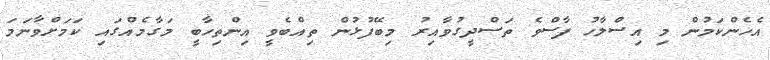
އެހެންކަމުން މި އިސްލާހު ފާސްވެ ތަސްދީގުވާއިރު މިބޭފުޅުން ތިއްބެވީ އިންތިހާބީ މަގާމެއްގައި ކަމަށްވާނަމަ